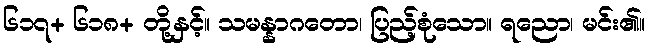
၆၁၇+ ၆၁၈+ တို့နှင့်။ သမန္နာဂတော၊ ပြည့်စုံသော။ ရညော၊ မင်း၏။